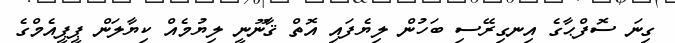
ގިނަ ސޮފްޙާގެ އިނގިރޭސި ބަހުން ލިޔެފައި އޮތް ޤާނޫނީ ލިޔުމެއް ކިޔާލަން ޕީޕީއެމްގެ